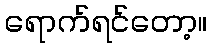
ရောက်ရင်တော့။